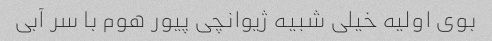
بوی اولیه خیلی شبیه ژیوانچی پیور هوم با سر آبی